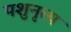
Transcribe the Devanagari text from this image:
पशुनृत्य